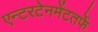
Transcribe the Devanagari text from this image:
एन्टरटेनमेंटतर्फे